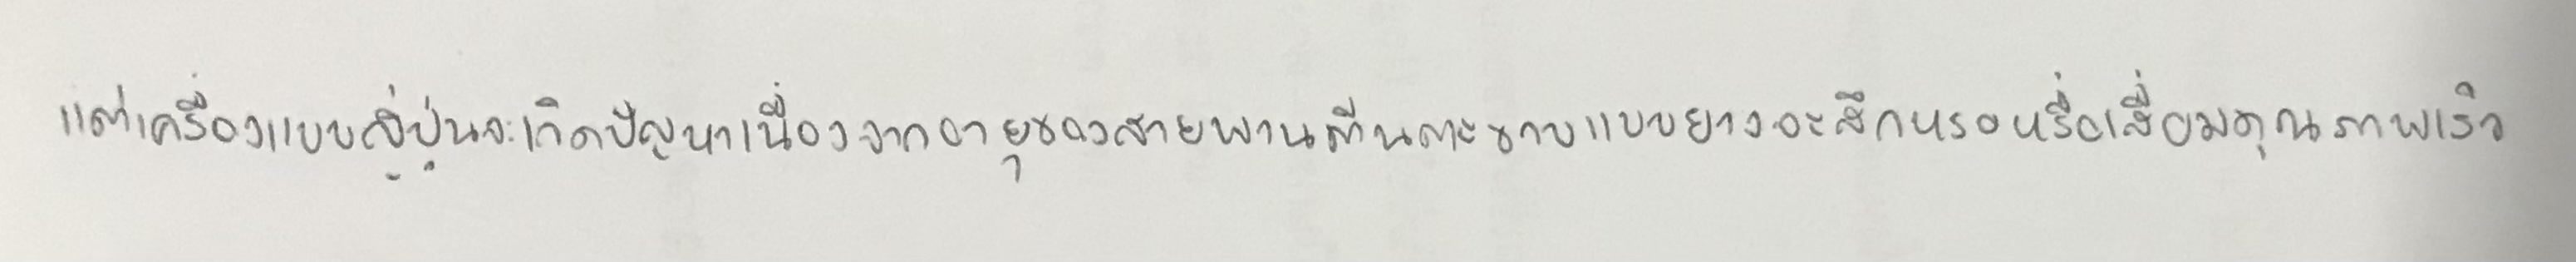
แต่เครื่องแบบญี่ปุ่นจะเกิดปัญหาเนื่องจากอายุของสายพานตีนตะขาบแบบยางจะสึกหรอหรือเสื่อมคุณภาพเร็ว